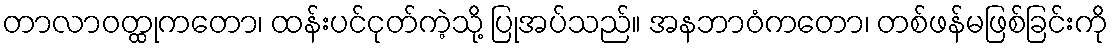
တာလာဝတ္ထုကတော၊ ထန်းပင်ငုတ်ကဲ့သို့ ပြုအပ်သည်။ အနဘာဝံကတော၊ တစ်ဖန်မဖြစ်ခြင်းကို